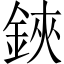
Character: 鋏